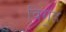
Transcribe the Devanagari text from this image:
विग॒ह